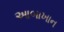
આબાખાન